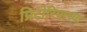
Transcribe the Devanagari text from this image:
प्रिटोरियाच्या